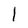
Character: 1